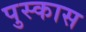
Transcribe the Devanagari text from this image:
पुस्कास